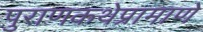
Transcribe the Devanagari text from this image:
पुराणकथेप्रामाणे